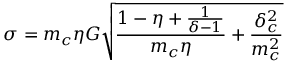
\sigma = m _ { c } \eta G \sqrt { \frac { 1 - \eta + \frac { 1 } { \delta - 1 } } { m _ { c } \eta } + \frac { \delta _ { c } ^ { 2 } } { m _ { c } ^ { 2 } } }